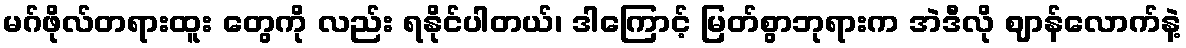
မဂ်ဖိုလ်တရားထူး တွေကို လည်း ရနိုင်ပါတယ်၊ ဒါကြောင့် မြတ်စွာဘုရားက အဲဒီလို ဈာန်လောက်နဲ့